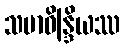
သမာဓိန္ဒြိယဿ